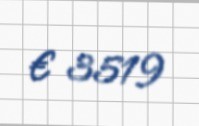
€ 3519